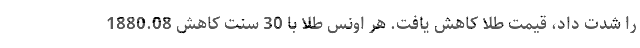
را شدت داد، قیمت طلا کاهش یافت. هر اونس طلا با 30 سنت کاهش 1880.08